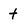
Character: t